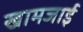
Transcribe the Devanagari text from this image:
खामजाई